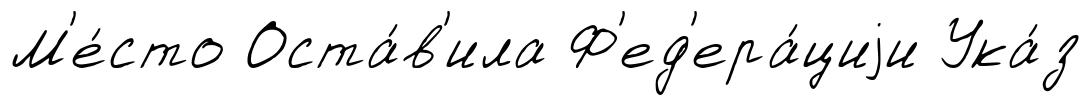
М'е́сто Оста́в'ила Ф'ед'ера́циjи Ука́з